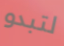
لتبدو